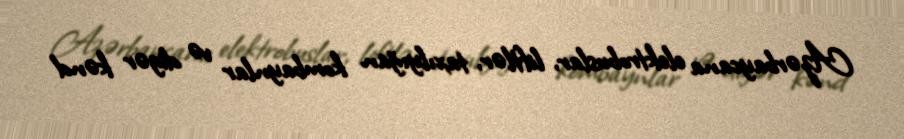
Azərbaycana elektrobuslar, liftlər, taxılyığan kombaynlar və digər kənd